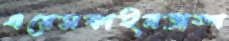
এরেসকাইনভাঙ্গ